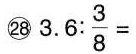
㉘ $$3 . 6 : \frac { 3 } { 8 } =$$